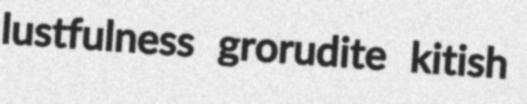
lustfulness grorudite kitish